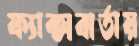
ফ্যাক্সবার্তায়